Lunatic asylums Punjab 1895-1910 - 1895-1910
Year: 1895
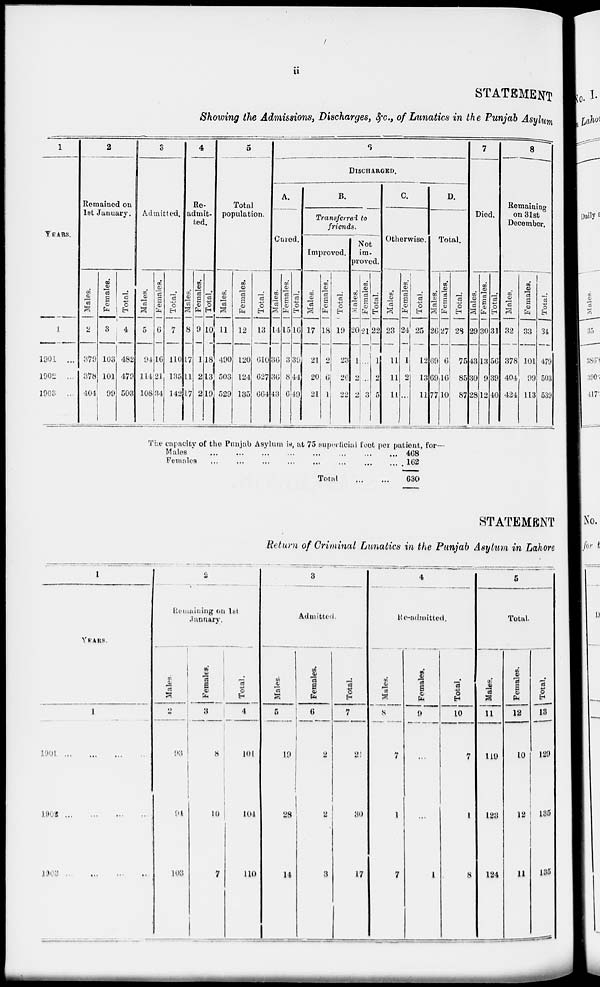
ii
STATEMENT
Showing the Admissions, Discharges, &c., of Lunatics in the Punjab Asylum
1
YEARS.
1
1901 ...
1902 ...
1903 ...
2
Remained on
1st January.
Males.
2
379
378
404
Females.
3
103
101
99
Total.
4
482
479
503
3
Admitted.
Males.
5
94
114
108
Females.
6
16
21
34
Total.
7
110
135
142
4
Re-
admit-
ted.
Males.
8
17
11
17
Females.
9
1
2
2
Total.
10
18
13
19
5
Total
population.
Males.
11
490
503
529
Females.
12
120
124
135
Total.
13
610
627
664
6
DISCHARGED.
A.
Cured.
Males.
14
36
36
43
Females.
15
3
8
6
Total.
16
39
44
49
B.
Transferred to
friends.
Improved.
Males.
17
21
20
21
Females.
18
2
6
1
Total.
19
23
26
22
Not
im-
proved.
Males.
20
1
2
2
Females.
21
...
...
3
Total.
22
1
2
5
C.
Otherwise.
Males.
23
11
11
11
Females.
24
1
2
...
Total.
25
12
13
11
D.
Total.
Males.
26
69
69
77
Females.
27
6
16
10
Total.
28
75
85
87
7
Died.
Males.
29
43
30
28
Females.
30
13
9
12
Total.
31
56
39
40
8
Remaining
on 31st
December.
Males.
32
378
404
424
Females.
33
101
99
113
Total.
34
479
503
539
The capacity of the Punjab Asylum is, at 75 superficial feet per patient, for—
Males
...
...
...
....
...
...
...
...
Females
...
...
...
....
...
...
...
...
Total
...
...
468
162
630
STATEMENT
Return of Criminal Lunatics in the Punjab Asylum in Lahore
1
YEARS.
1
1901 ... ... ... ...
1902 ... ... ... ...
1903 ... ... ... ...
2
Remaining on 1st
January.
Males.
2
93
94
103
Females.
3
8
10
7
Total.
4
101
104
110
3
Admitted.
Males.
5
19
28
14
Females.
6
2
2
3
Total.
7
2
30
17
4
Re-admitted.
Males.
8
7
1
7
Females.
9
...
...
1
Total.
10
7
1
8
5
Total.
Males.
11
119
123
124
Females.
12
10
12
11
Total.
13
129
135
135